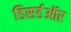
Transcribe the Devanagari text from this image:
डिसर्डऑर